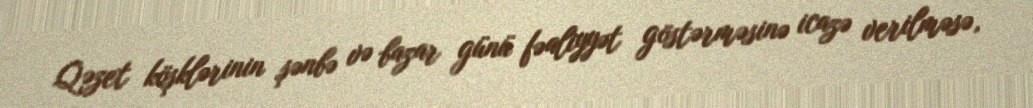
Qəzet köşklərinin şənbə və bazar günü fəaliyyət göstərməsinə icazə verilməsə,